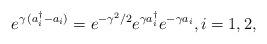
LaTeX: \begin{align*}e^{\gamma\,(a_i^{\dagger}-a_i)}=e^{-\gamma^2/2}e^{\gamma a_i^{\dagger}}e^{-\gamma a_i},i=1,2,\end{align*}